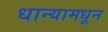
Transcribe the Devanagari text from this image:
धान्यामधून